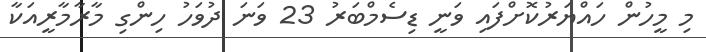
މި މީހުން ހައްޔަރުކޮށްފައި ވަނީ ޑިސެމްބަރު 23 ވަނަ ދުވަހު ހިންގި މާރާމާރީއަކާ